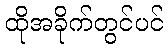
ထိုအခိုက်တွင်ပင်